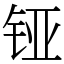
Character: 铔